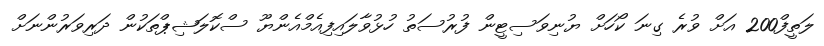
ލަތީފް200 އަށް ވުރެ ގިނަ ކޯހަށް ޔުނިވަސިޓީން ފުރުސަތު ހުޅުވާލައިފިއެމްއެންޔޫ ސްކޮލަޝިޕްތަކުން ދަރިވަރުންނަށް